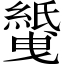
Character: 𱺅